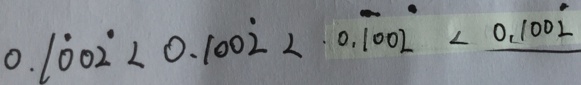
0 . 1 \dot { 0 } 0 \dot { 2 } < 0 . 1 0 0 \dot { 2 } < 0 . \dot { 1 } 0 0 \dot { 2 } < 0 . 1 0 0 \dot { 2 }